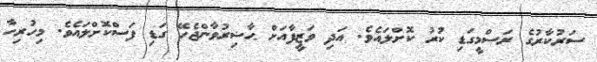
ސަރުކާރުގެ ރަސްމީގަޑި ކުރު ކޮށްލައެވެ. އަދި ވަޒީފާއަށް ޙާޟިރުވާންޖެހޭ ގަޑި ފަސްކޮށްލައެވެ. މިހުރިހާ